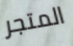
المتجر